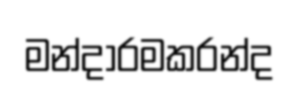
මන්දාරමකරන්ද